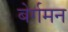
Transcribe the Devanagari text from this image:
बेर्गमन